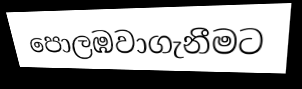
පොලඹවාගැනීමට